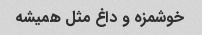
خوشمزه و داغ مثل همیشه